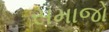
સમાજો